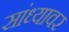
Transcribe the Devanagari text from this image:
सांध्यावर